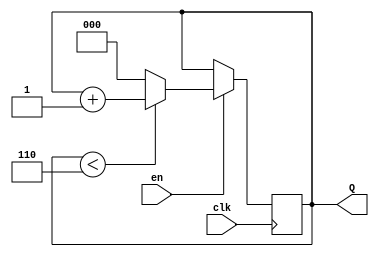
module ly_2257_2_1(clk,en,Q);//
input clk,en;   //
output reg[2:0] Q;  //
always@(posedge clk) //
begin
	if(en == 1'b1)  //
	begin
		if(Q < 3'd6)
		Q <= Q + 1'b1;
		else
		Q <= 0;
	end
	else
		Q <= Q;  
end
endmodule